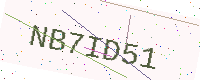
Text: NB7ID51